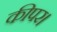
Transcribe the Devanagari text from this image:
कीपर।